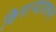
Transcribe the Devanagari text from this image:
किनार्‍यावरून